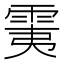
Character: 䨑